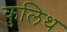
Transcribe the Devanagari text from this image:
कुलिथ